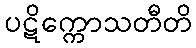
ပဋိက္ကောသတီတိ